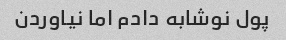
پول نوشابه دادم اما نیاوردن